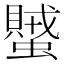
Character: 蠈